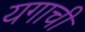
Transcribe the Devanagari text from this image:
यगाची